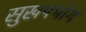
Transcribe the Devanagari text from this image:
सुखपभोग